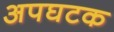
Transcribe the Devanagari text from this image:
अपघटक